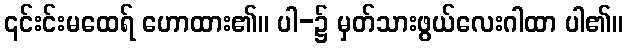
၎င်းင်းမထေရ် ဟောထား၏။ ပါ-၌ မှတ်သားဖွယ်လေးဂါထာ ပါ၏။